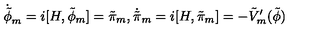
\dot { \tilde { \phi } } _ { m } = i [ H , \tilde { \phi } _ { m } ] = \tilde { \pi } _ { m } , \dot { \tilde { \pi } } _ { m } = i [ H , \tilde { \pi } _ { m } ] = - \tilde { V } _ { m } ^ { \prime } ( \tilde { \phi } )